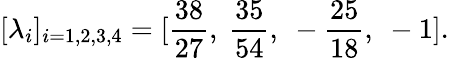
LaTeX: [\lambda_{i}]_{i=1,2,3,4}=[{\frac{38}{27}},~{\frac{35}{54}},~-{\frac{25}{18}},~-1].